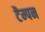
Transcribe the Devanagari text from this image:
टैम्पन